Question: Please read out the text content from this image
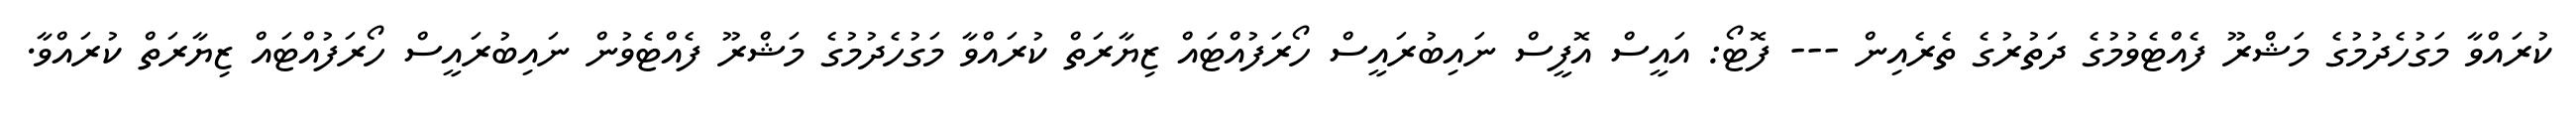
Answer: ކުރައްވާ މަގުހެދުމުގެ މަޝްރޫ ފެއްޓެވުމުގެ ދަތުރުގެ ތެރެއިން --- ފޮޓޯ: އައީސް އޮފީސް ނައިބުރައީސް ހޯރަފުއްޓައް ޒިޔާރަތް ކުރައްވާ މަގުހެދުމުގެ މަޝްރޫ ފެއްޓެވުން ނައިބުރައީސް ހޯރަފުއްޓައް ޒިޔާރަތް ކުރައްވާ.